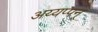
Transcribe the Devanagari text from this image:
अय्यप्पन्